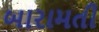
બારામતી